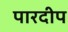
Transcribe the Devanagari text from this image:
पारदीप